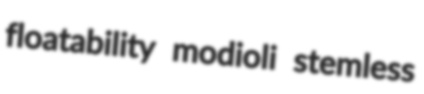
floatability modioli stemless